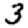
Digit: 3